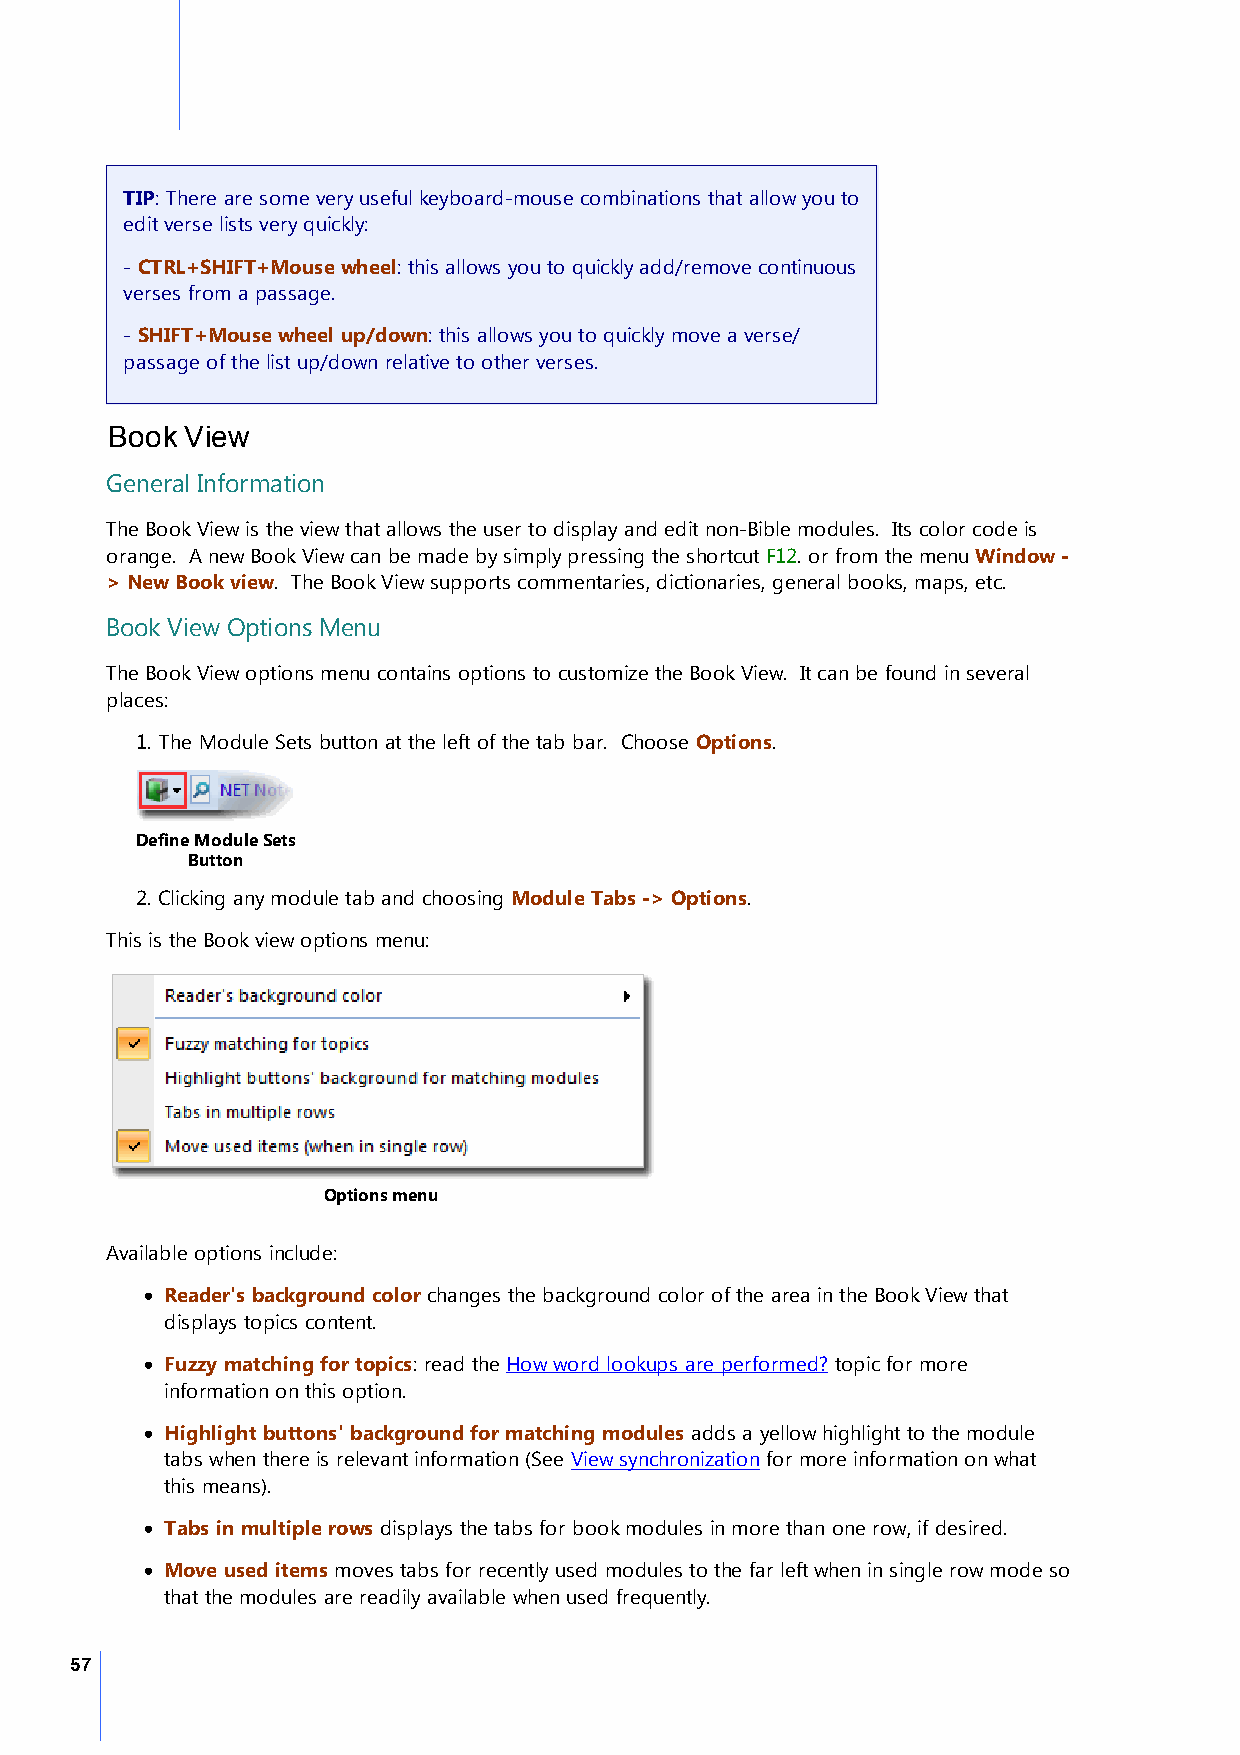
TIP: There are some very useful keyboard-mouse combinations that allow you to
 edit verse lists very quickly:
 - CTRL+SHIFT+Mouse wheel: this allows you to quickly add/remove continuous
 verses from a passage.
 - SHIFT+Mouse wheel up/down: this allows you to quickly move a verse/
 passage of the list up/down relative to other verses.
 Book View
 General Information
 The Book View is the view that allows the user to display and edit non-Bible modules. Its color code is
 orange. A new Book View can be made by simply pressing the shortcut F12. or from the menu Window -
 > New Book view. The Book View supports commentaries, dictionaries, general books, maps, etc.
 Book View Options Menu
 The Book View options menu contains options to customize the Book View. It can be found in several
 places:
 1. The Module Sets button at the left of the tab bar. Choose Options.
 Define Module Sets
 Button
 2. Clicking any module tab and choosing Module Tabs -> Options.
 This is the Book view options menu:
 Options menu
 Available options include:
 · Reader's background color changes the background color of the area in the Book View that
 displays topics content.
 · Fuzzy matching for topics: read the How word lookups are performed? topic for more
 information on this option.
 · Highlight buttons' background for matching modules adds a yellow highlight to the module
 tabs when there is relevant information (See View synchronization for more information on what
 this means).
 · Tabs in multiple rows displays the tabs for book modules in more than one row, if desired.
 · Move used items moves tabs for recently used modules to the far left when in single row mode so
 that the modules are readily available when used frequently.
 57